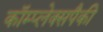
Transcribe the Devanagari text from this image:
कॉम्प्लेक्सपैकी